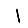
Digit: 1